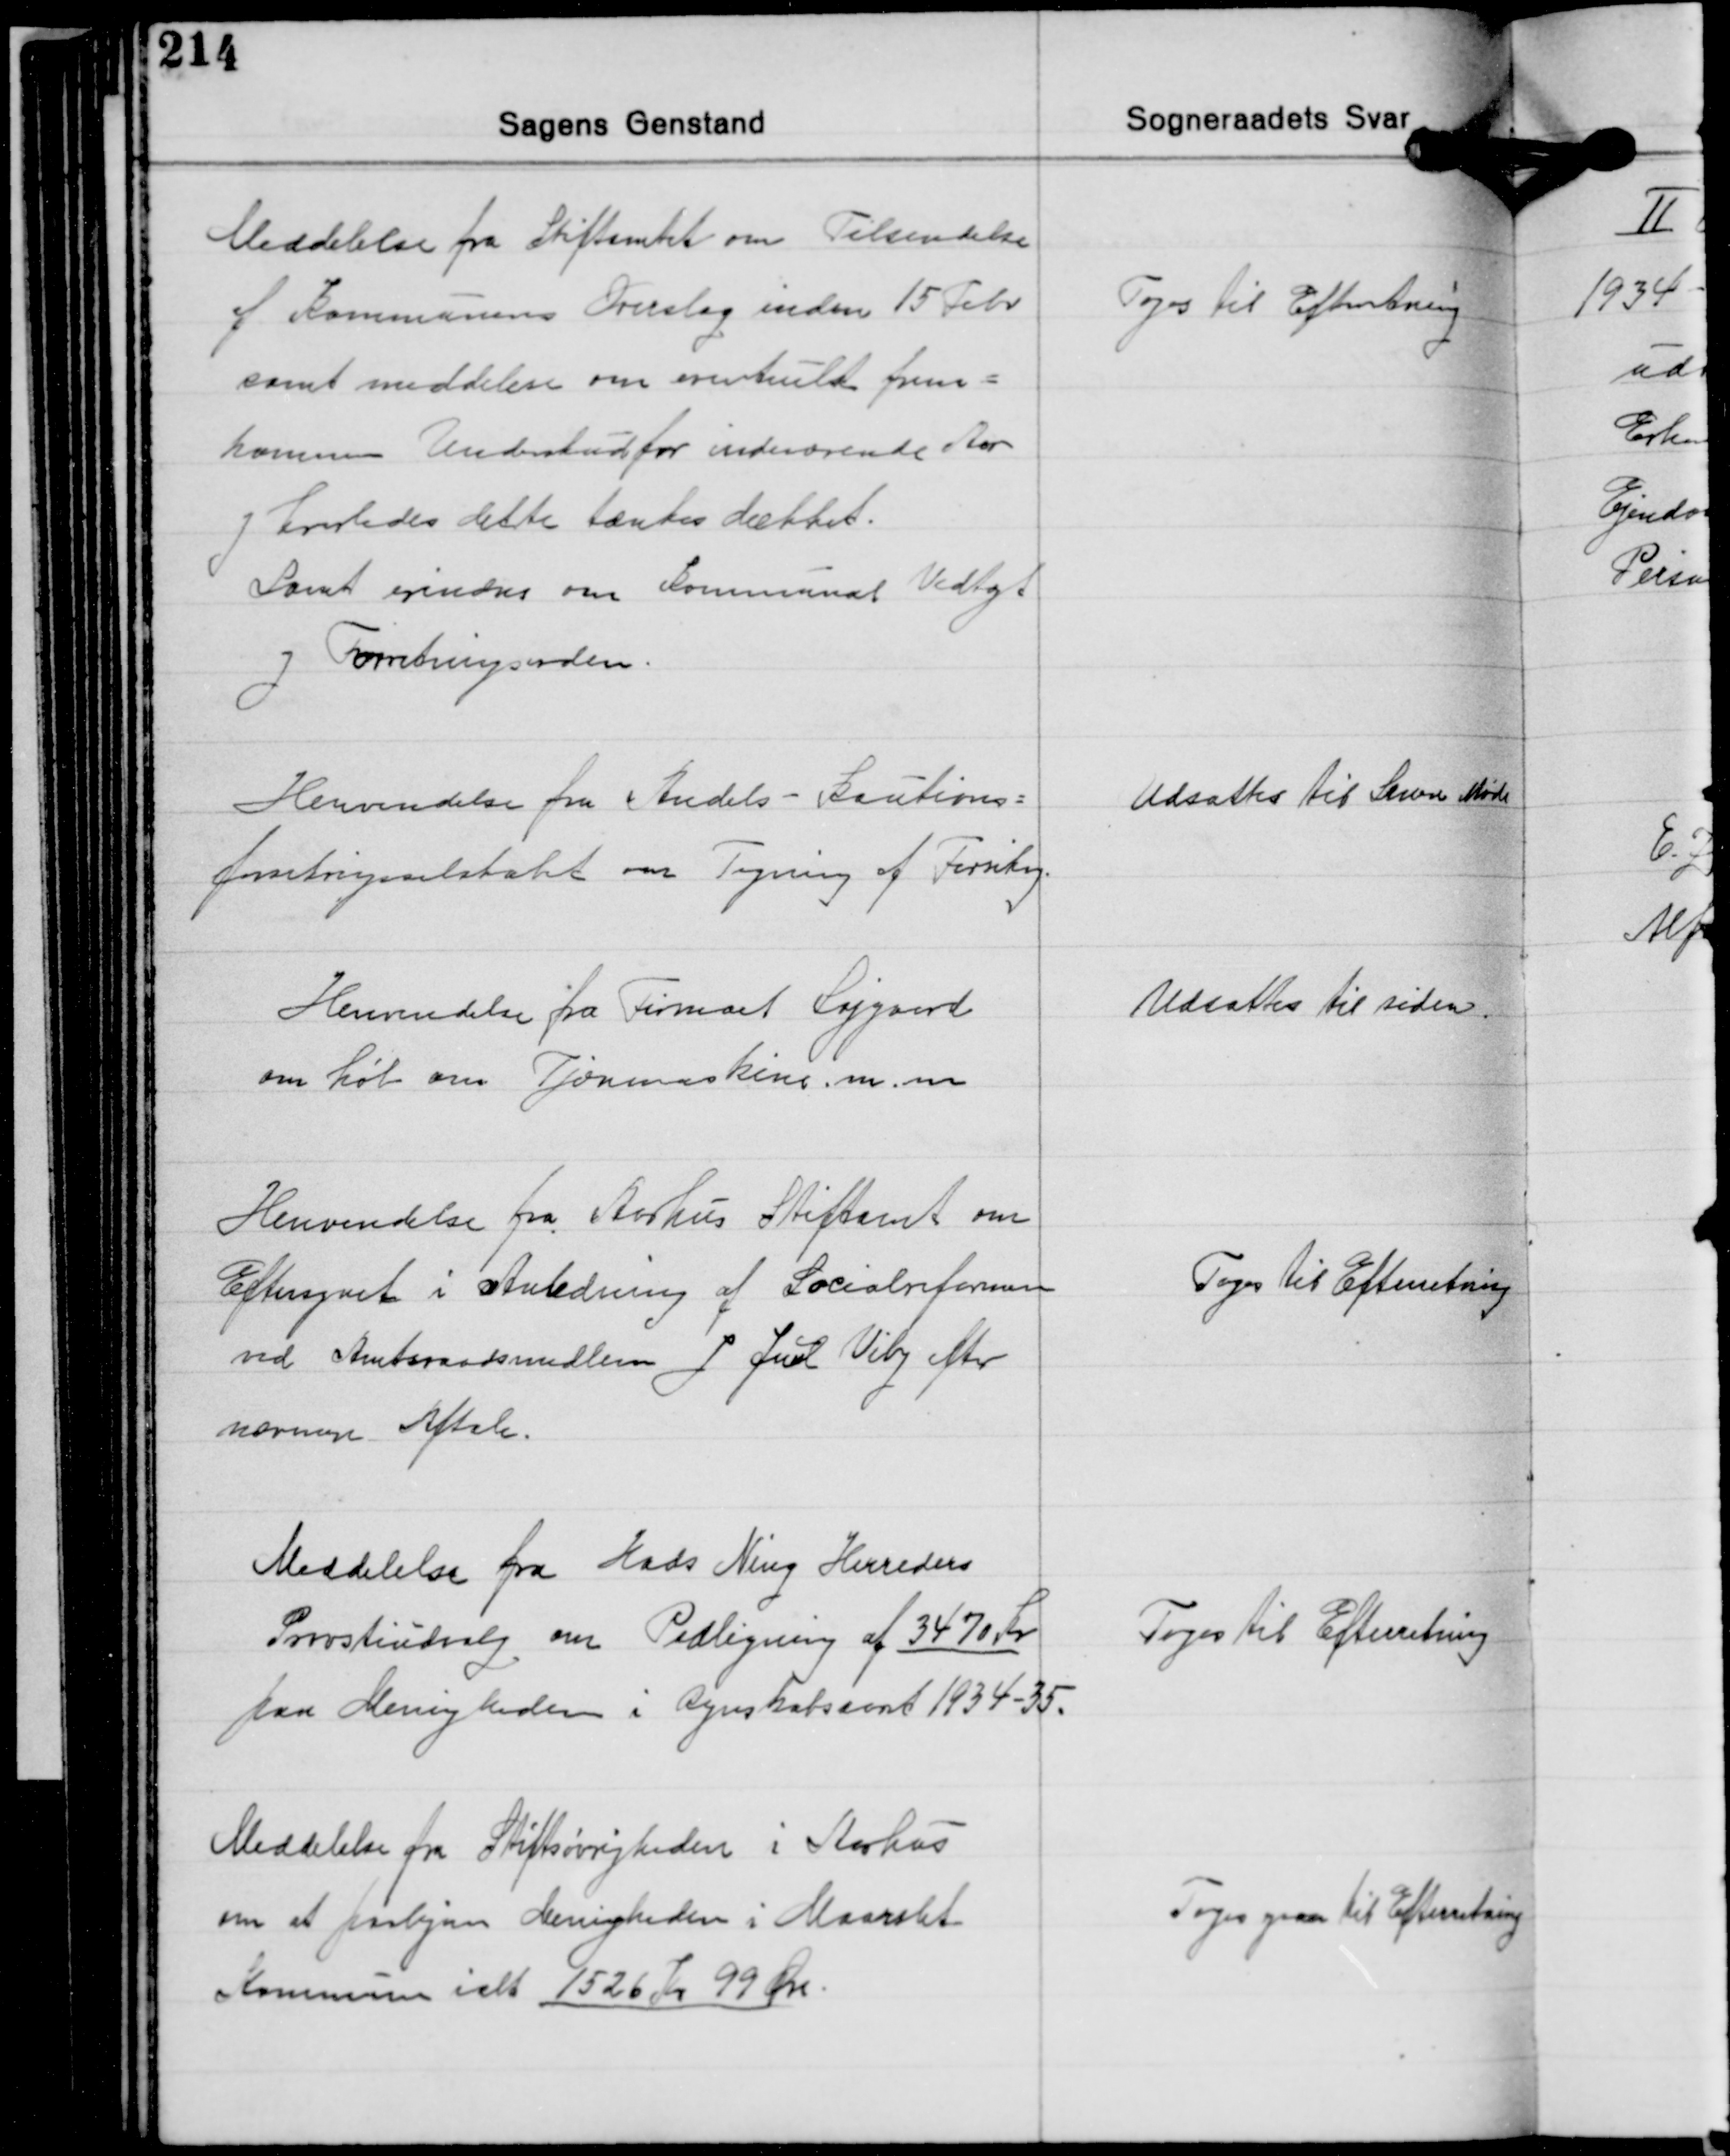
Transskription:
Meddelelse fra Stiftamtet om Tilsendelse
af Kommunens Overslag inden 15 Febr.
samt meddelelse om eventuelt frem-
komme Underskud for indeværende Aar
og hvorledes dette tænkes dækket.
Samt erindres om Kommunal Vedtægt
og Forretningsorden.

Toges til Efterretning

Henvendelse fra Andels-Kautions-
forretningsselskabet over Tegning af Forsikring.

Udsattes til Senere Møde

Henvendelse fra Firmaet Lejgaard
om køb om Tjæremaskine m.m.

Udsattes til siden

Henvendelse fra Aarhus Stiftamt om
Eftersynet i Anledning af Socialreformen
ved Amtsraadsmedlem P Juul Viby efter
nærmere Aftale.

Toges Til Efterretning

Meddelelse fra Hads Ning Herreders
Provstiudvalg om Paaligning af 3470 Kr.
paa Menigheden i Regnskabsaaret 1934-35.

Toges til Efterretning

Meddelelse fra Stiftsøvrigheden i Aarhus
om at paaligne Menigheden i Maarslet
Kommune ialt 1526 Kr. 99 Øre.

Toges ogsaa til Efterretning